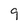
Character: 9